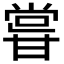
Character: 𭺮